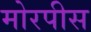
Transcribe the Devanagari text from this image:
मोरपीस